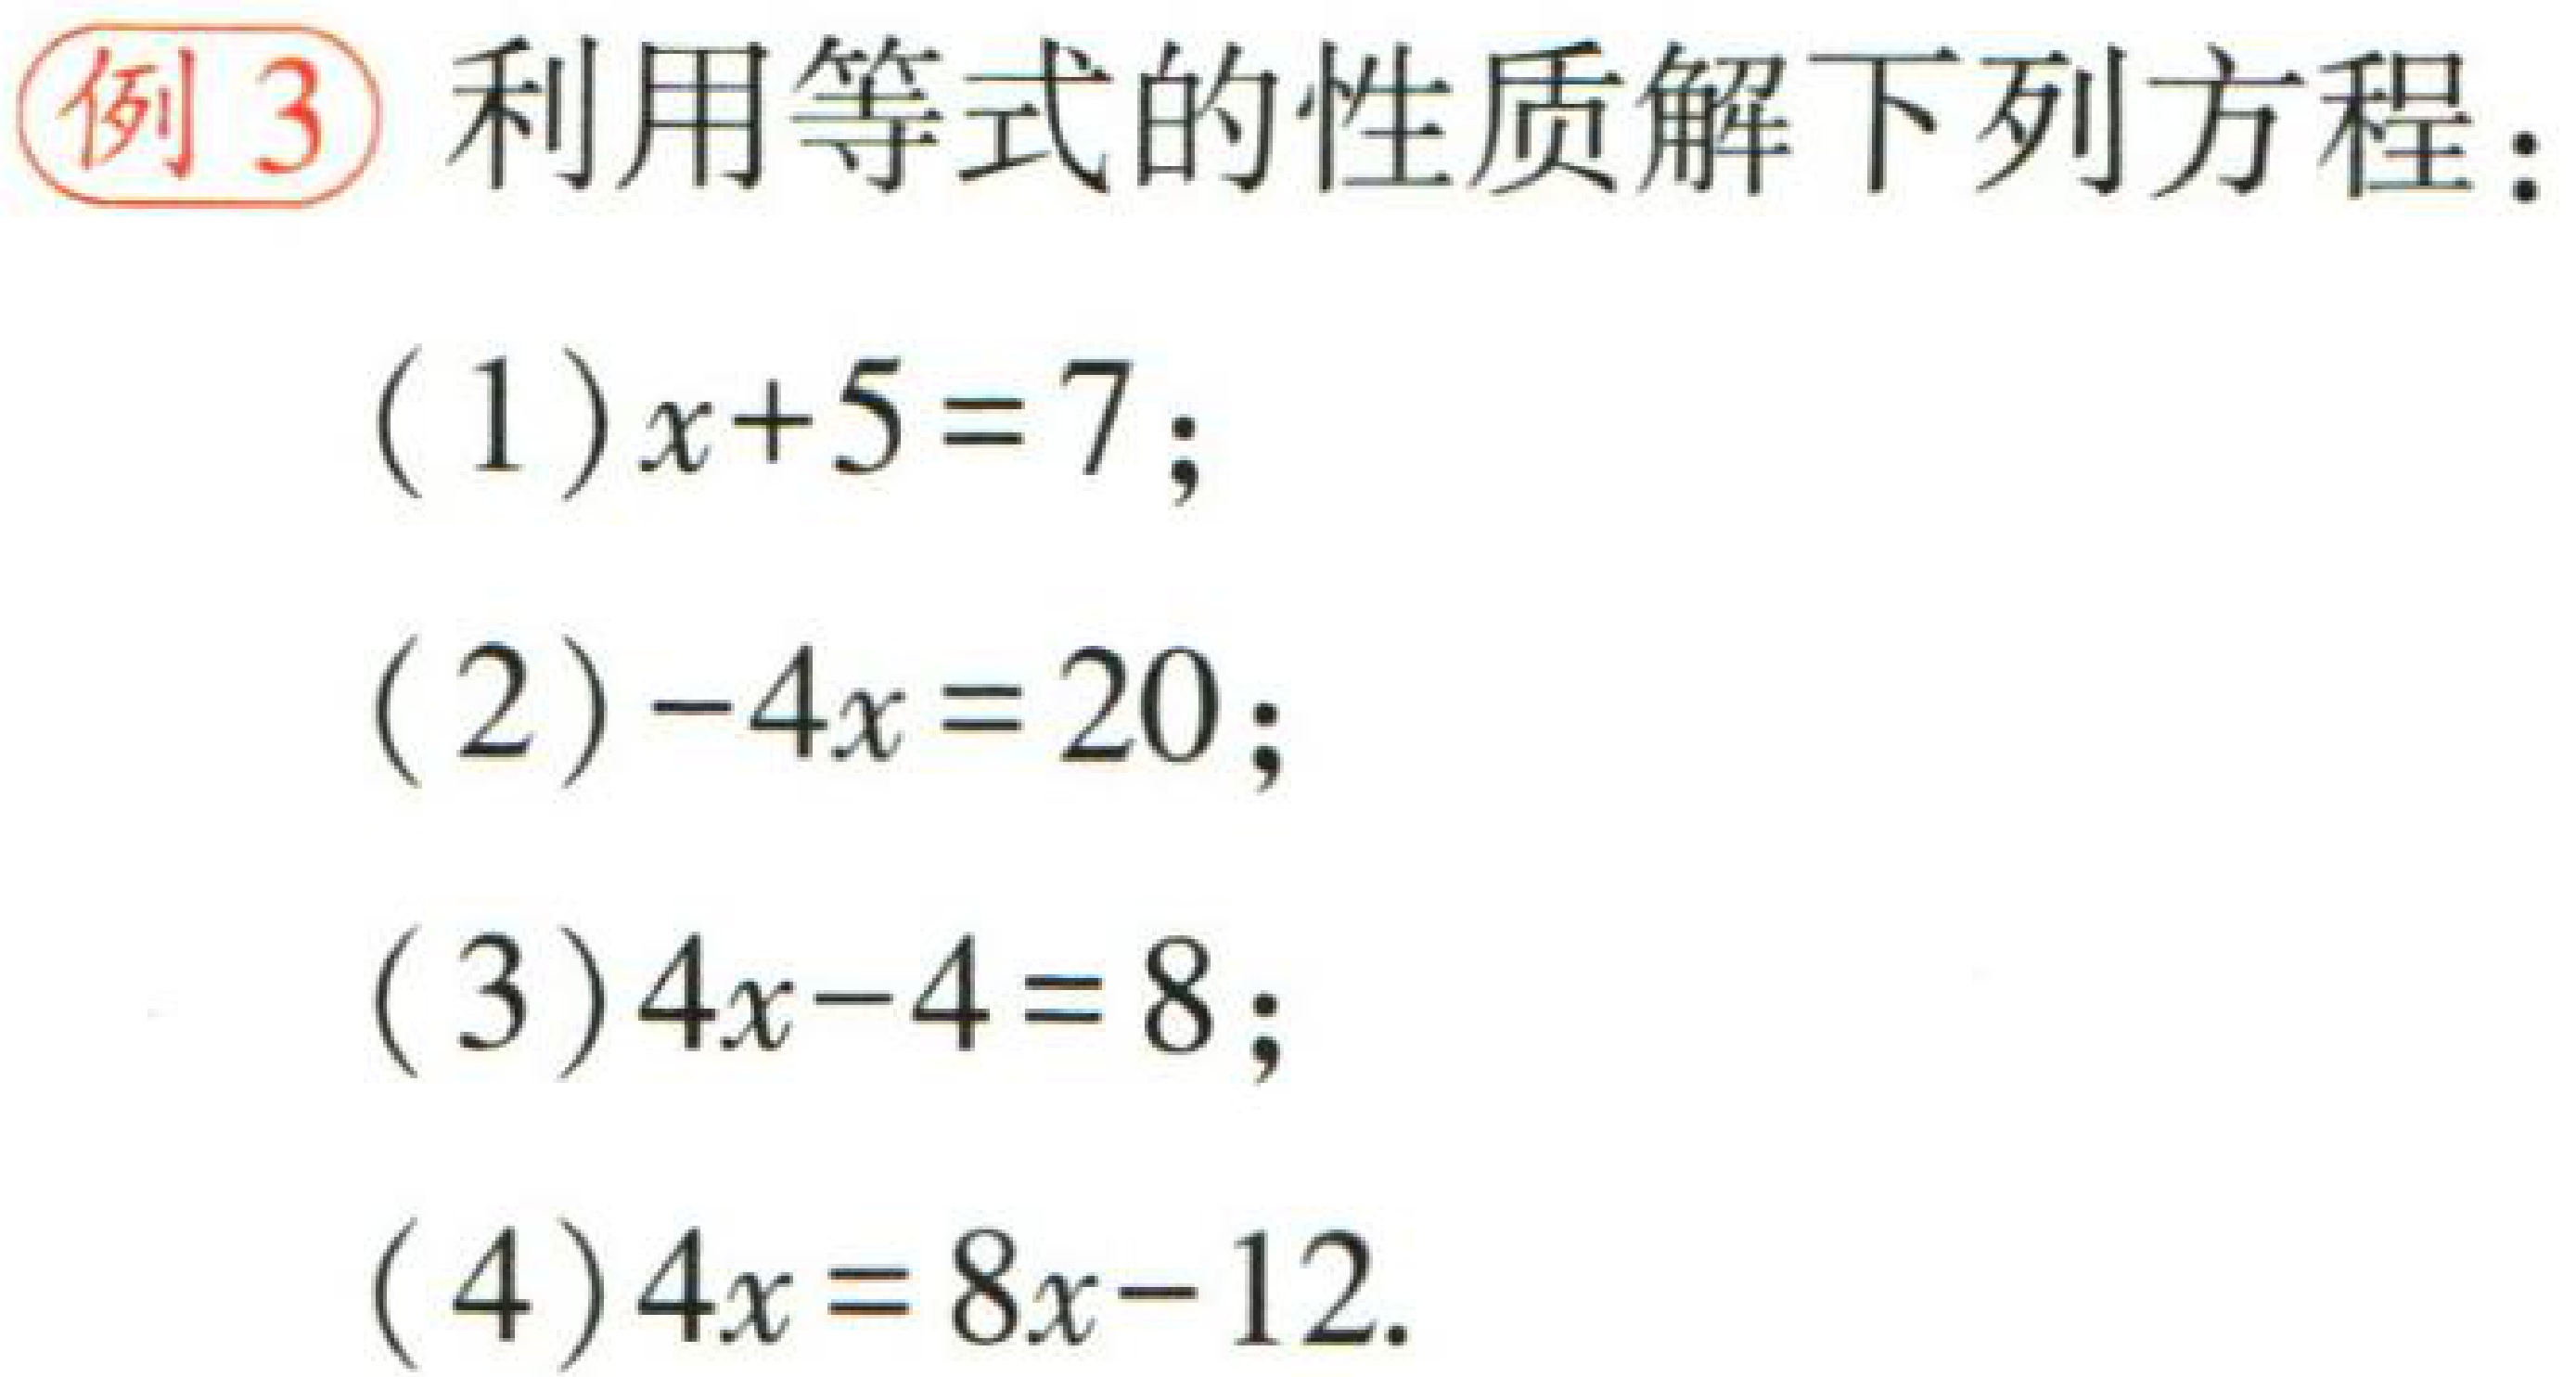
例3 利用等式的性质解下列方程：

(1)$x + 5 = 7$；

(2)$-4x = 20$；

(3)$4x - 4 = 8$；

(4)$4x = 8x - 12$.